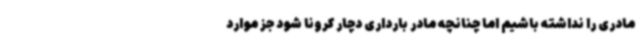
مادری را نداشته باشیم اما چنانچه مادر بارداری دچار کرونا شود جز موارد